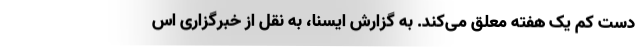
دست کم یک هفته معلق می‌کند. به گزارش ایسنا، به نقل از خبرگزاری اس